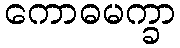
ကောဓမက္ခာ